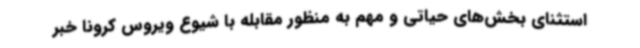
استثنای بخش‌های حیاتی و مهم به منظور مقابله با شیوع ویروس کرونا خبر